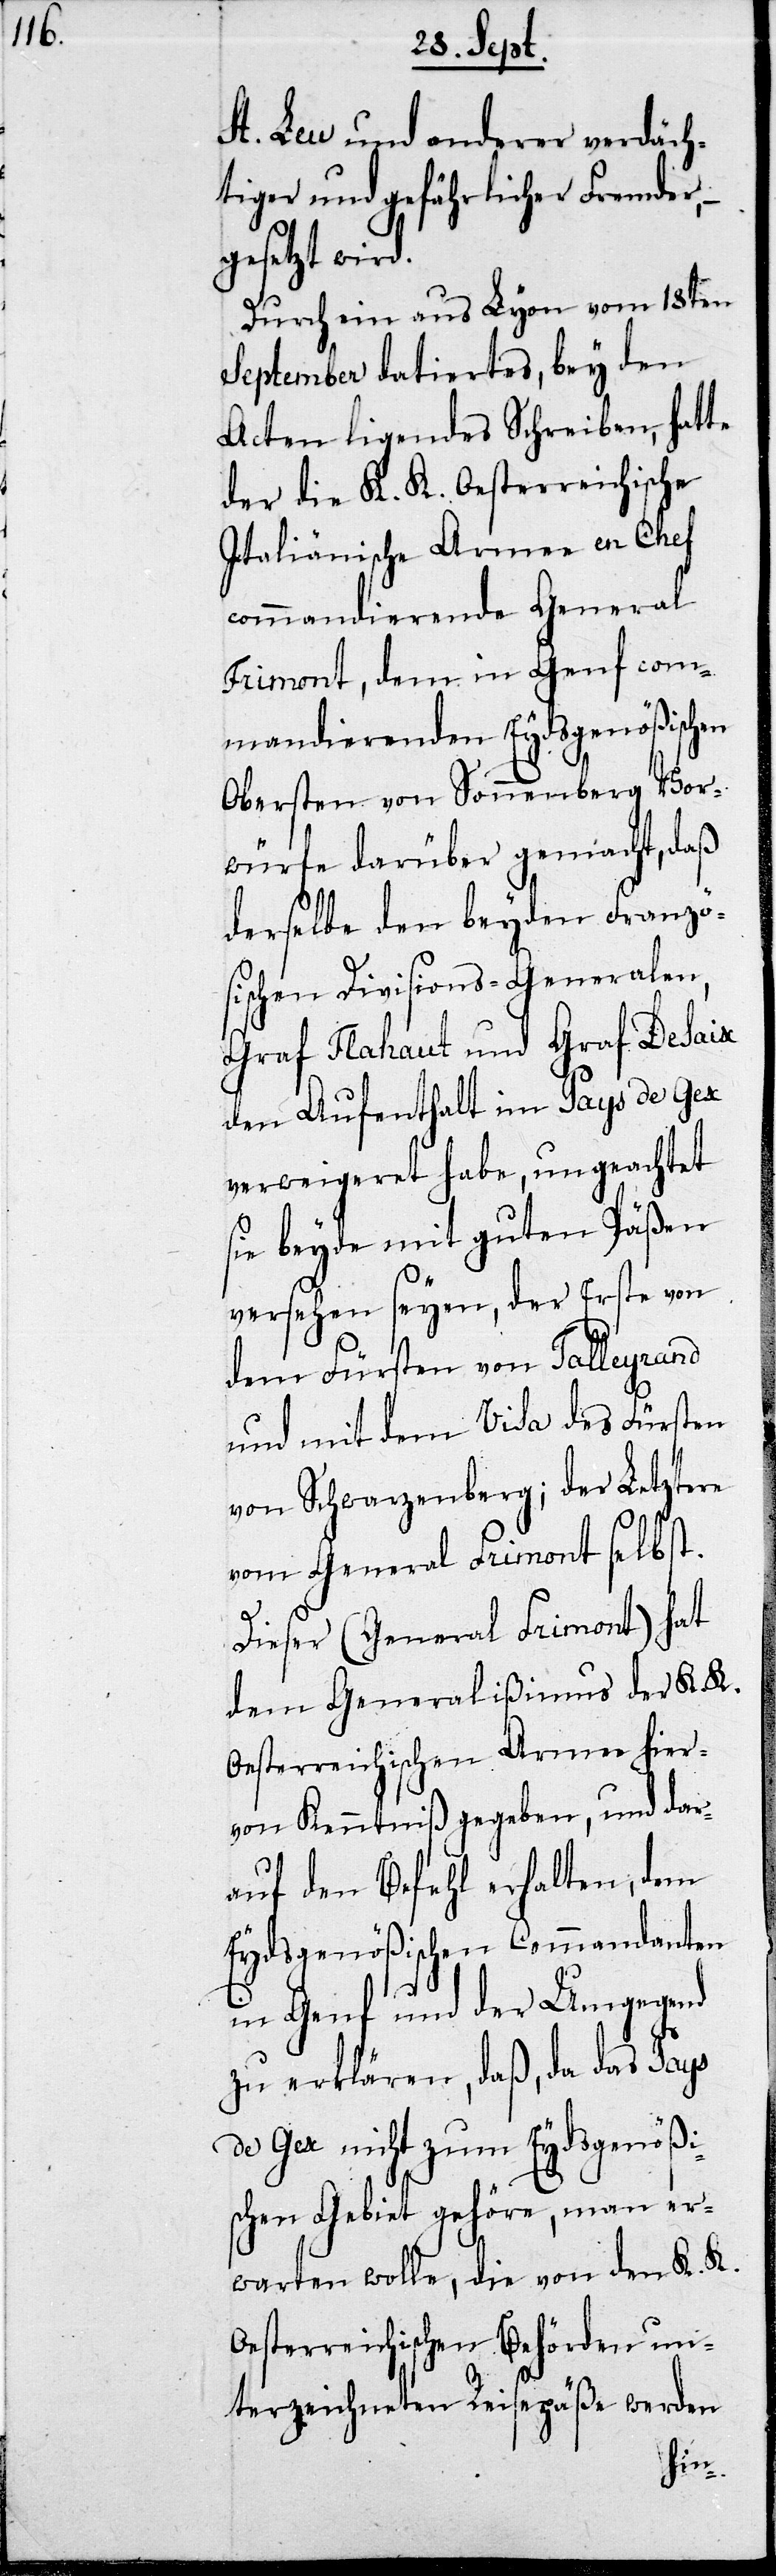
St. Leu und anderer verdäch¬
tiger und gefährlicher Fremder,
gesetzt wird.
Durch ein aus Lyon vom 18ten
September datiertes, bey den
Acten ligendes Schreiben, hatte
der die K. K. Oesterreichische
Italiänische Armee en Chef
commandierende General
Frimont, dem in Genf com¬
mandierenden Eydsgenößischen
Obersten von Sonnenberg Vor¬
würfe darüber gemacht, daß
derselbe den beyden Franzö¬
sischen Divisions-Generalen,
Graf Flahaut und Graf Desaix
den Aufenthalt im Pays de Gex
verweigeret habe, ungeachtet
sie beyde mit guten Päßen
versehen seyen, der Erste von
dem Fürsten von Talleyrand
und mit dem Visa des Fürsten
von Schwarzenberg; der Letztere
von General Frimont selbst.
Dieser (General Frimont) hat
dem Generalißmus der K. K.
Oesterreichischen Armee hier¬
von Kenntniß gegeben, und dar¬
auf den Befehl erhalten, dem
Eydsgenößischen Commandanten
in Genf und der Umgegend
zu erklären, daß, da das Pays
de Gex nicht zum Eydsgenößi¬
schen Gebiet gehöre, man er¬
warten wolle, die von den K. K.
Oesterreichischen Behörden un¬
terzeichneten Reisepäße werden